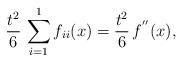
LaTeX: \begin{align*}\frac{t^2}{6}\,\sum_{i=1}^1 f_{ii}(x)= \frac{t^2}{6}\,f^{''}(x),\end{align*}